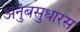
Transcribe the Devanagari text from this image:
अनुंबसुधारस